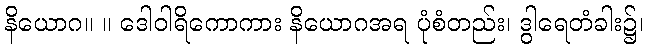
နိယောဂ။ ။ ဒေါဝါရိကောကား နိယောဂအရ ပုံစံတည်း၊ ဒွါရေတံခါး၌၊